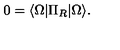
0 = \langle \Omega \vert \Pi _ { R } \vert \Omega \rangle .